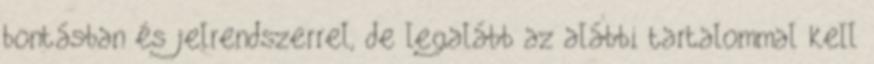
bontásban és jelrendszerrel, de legalább az alábbi tartalommal kell